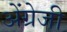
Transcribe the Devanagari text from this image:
अेंग्रेजी